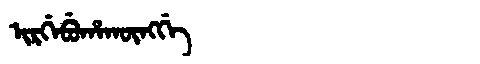
Manchu: ᡳᡵᡤᡝᠪᡠᡥᠠᡴᡡᠩᡤᡝ
Romanization: IRGEBUHAKŪNGGE